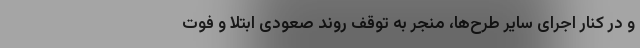
و در کنار اجرای سایر طرح‌­ها، منجر به توقف روند صعودی ابتلا و فوت